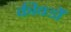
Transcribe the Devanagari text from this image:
कीवर्डों